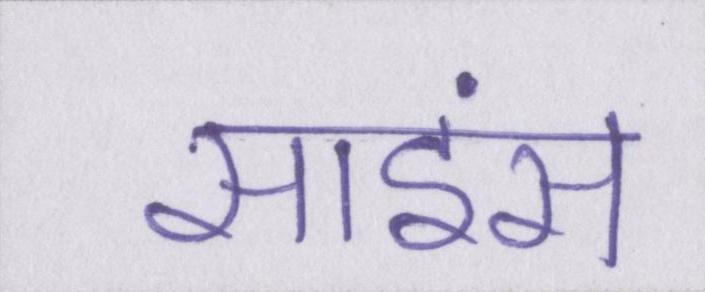
साइंस